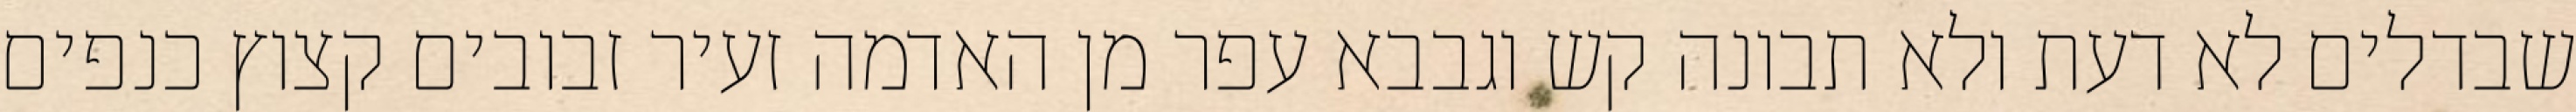
שבדלים לא דעת ולא תבונה קש וגבבא עפר מן האדמה זעיר זבובים קצוץ כנפים